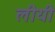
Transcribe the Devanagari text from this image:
लीयी